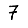
Digit: 7